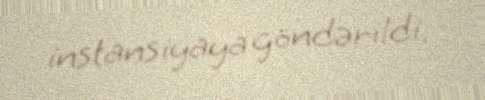
instansiyaya göndərildi.